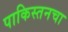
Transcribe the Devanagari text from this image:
पाकिस्तनचा